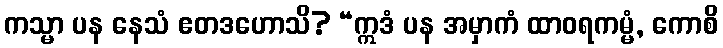
ကသ္မာ ပန နေသံ ဧတဒဟောသိ? “ဣဒံ ပန အမှာကံ ထာဝရကမ္မံ, ကောစိ